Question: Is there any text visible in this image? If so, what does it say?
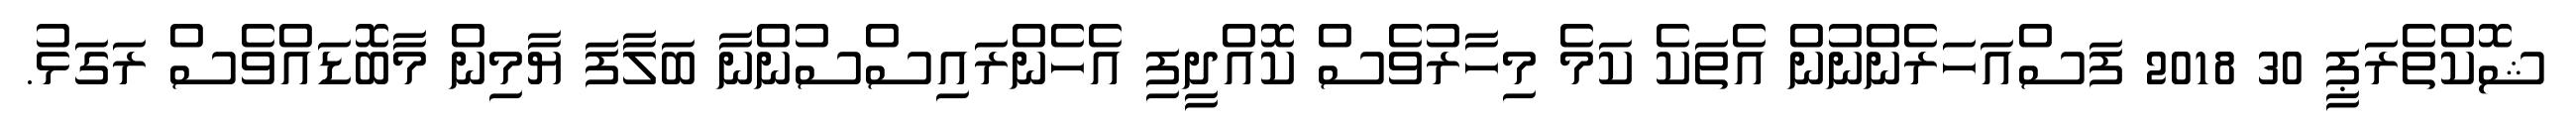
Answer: ޝޮކްތެރަޕީ 30 2018 ފަސްއަހަރެންނުން އެތަކެ ކަމެ މިހާރުވެސް ކޮއްދީފި އެހެންރައިސްސުންނާ ބަލާފަ ޔާމިން މާބޮޑައްވެސް ރަގަޅު.